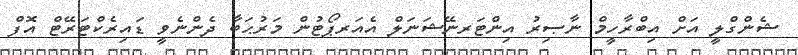
ޝެންގްލީ އަށް އިބްރާހީމް ނާޞިރު އިންޓަރނޭޝަނަލް އެއަރޕޯޓުން މަރުޙަބާ ދެންނެވީ ޑައިރެކްޓަރޭޓް އޮފް